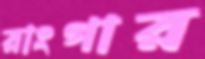
রাংগার